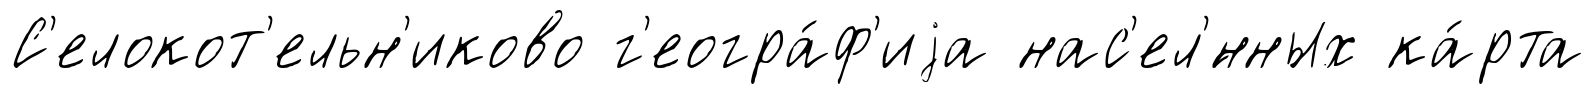
С'елокот'ельн'иково г'еогра́ф'иjа нас'ел'́нных ка́рта